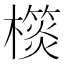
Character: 𣝎